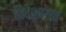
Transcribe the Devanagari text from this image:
विदेशागत